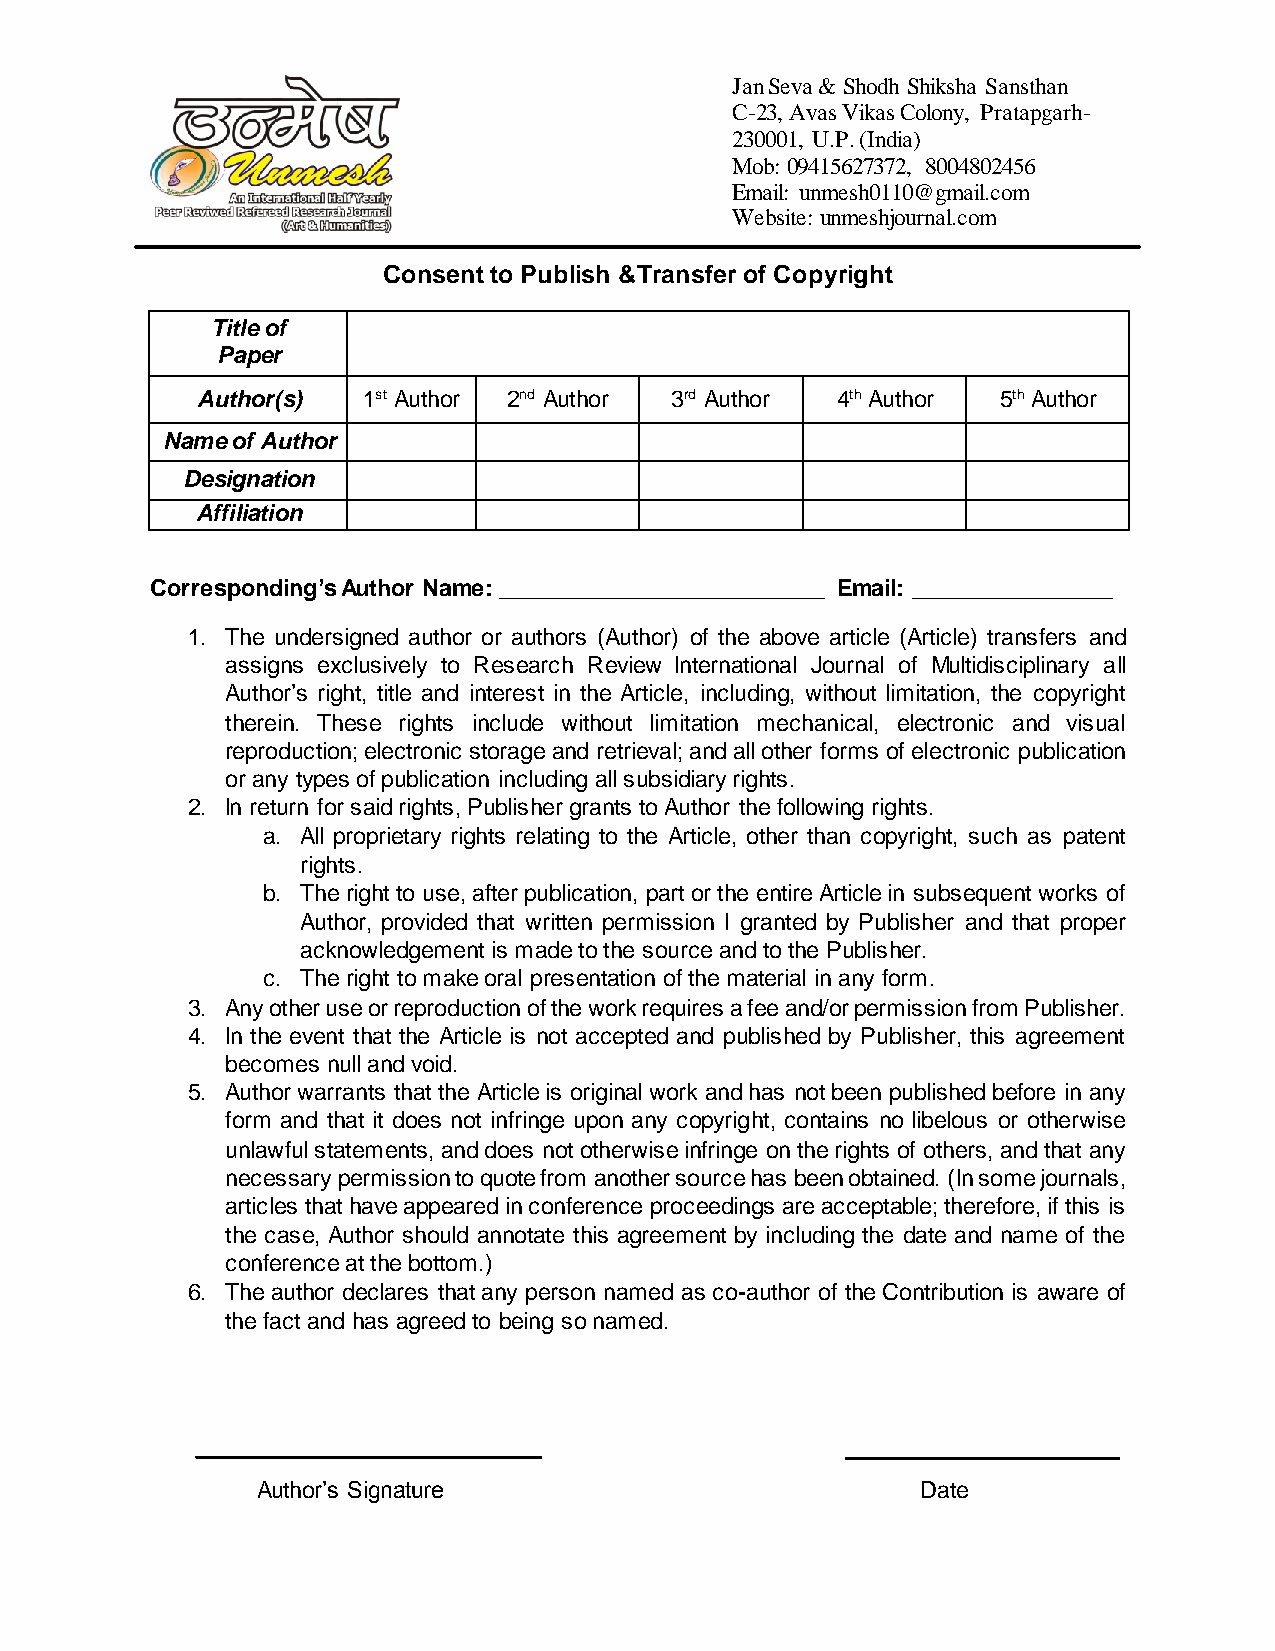
Jan Seva & Shodh Shiksha Sansthan
 C-23, Avas Vikas Colony, Pratapgarh-
 230001, U.P. (India)
 Mob: 09415627372, 8004802456
 Email: unmesh0110@gmail.com
 Website: unmeshjournal.com
 Consent to Publish &Transfer of Copyright
 Title of
 Paper
 Author(s)  1st Author 2nd Author 3rd Author 4th Author 5th Author
 Name of Author
 Designation
 Affiliation
 Corresponding’s Author Name: __________________________ Email: ________________
 1. The undersigned author or authors (Author) of the above article (Article) transfers and
 assigns exclusively to Research Review International Journal of Multidisciplinary all
 Author’s right, title and interest in the Article, including, without limitation, the copyright
 therein. These rights include without limitation mechanical, electronic and visual
 reproduction; electronic storage and retrieval; and all other forms of electronic publication
 or any types of publication including all subsidiary rights.
 2. In return for said rights, Publisher grants to Author the following rights.
 a. All proprietary rights relating to the Article, other than copyright, such as patent
 rights.
 b. The right to use, after publication, part or the entire Article in subsequent works of
 Author, provided that written permission I granted by Publisher and that proper
 acknowledgement is made to the source and to the Publisher.
 c. The right to make oral presentation of the material in any form.
 3. Any other use or reproduction of the work requires a fee and/or permission from Publisher.
 4. In the event that the Article is not accepted and published by Publisher, this agreement
 becomes null and void.
 5. Author warrants that the Article is original work and has not been published before in any
 form and that it does not infringe upon any copyright, contains no libelous or otherwise
 unlawful statements, and does not otherwise infringe on the rights of others, and that any
 necessary permission to quote from another source has been obtained. (In some journals,
 articles that have appeared in conference proceedings are acceptable; therefore, if this is
 the case, Author should annotate this agreement by including the date and name of the
 conference at the bottom.)
 6. The author declares that any person named as co-author of the Contribution is aware of
 the fact and has agreed to being so named.
 Author’s Signature                          Date